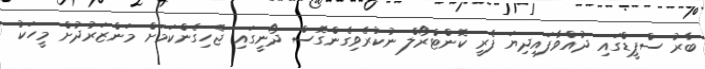
ބާރު ސްޕީޑްގައި ދުއްވާފައިދިޔަ ފެރީ ކޮންޓްރޯލް ނުކުރެވިގެންގޮސް ދޯނީގައި ޖެހިގެންކަމަށް މަންޒަރުދުށް މީހަކު